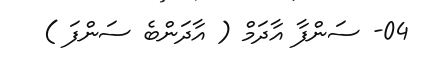
04- ސަންފާ އާދަމް ( އާދަންބެ ސަންފަ )